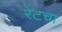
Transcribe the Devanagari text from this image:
रेटचा